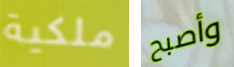
ملكية وأصبح